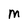
Character: M